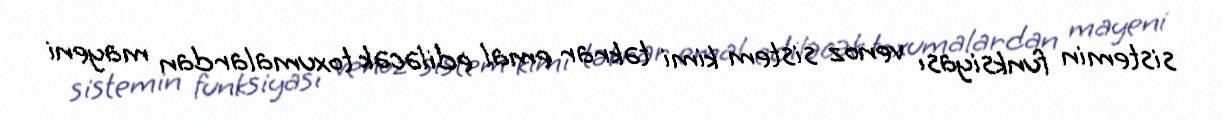
sistemin funksiyası venoz sistem kimi təkrar emal ediləcək toxumalardan mayeni